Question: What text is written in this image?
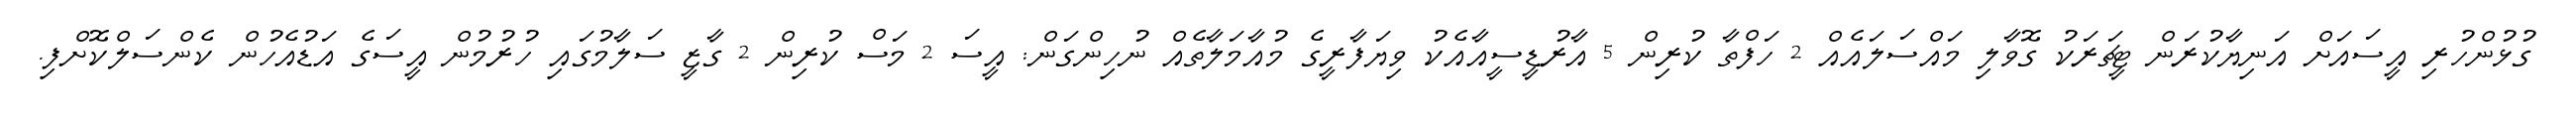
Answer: ގުޅުންހުރި އީސައަށް އަނިޔާކުރަން ޓީޗަރަކު ގޮވާލި މައްސަލައެއް 2 ހަފްތާ ކުރިން 5 އާރުޑީސީއާއެކު ވިޔަފާރީގެ މުއާމަލާތެއް ނުހިންގަން: އީސަ 2 މަސް ކުރިން 2 ގާޒީ ސަލާމުގައި ހުރުމުން އީސަގެ އަޑުއެހުން ކެންސަލްކޮށްފި.